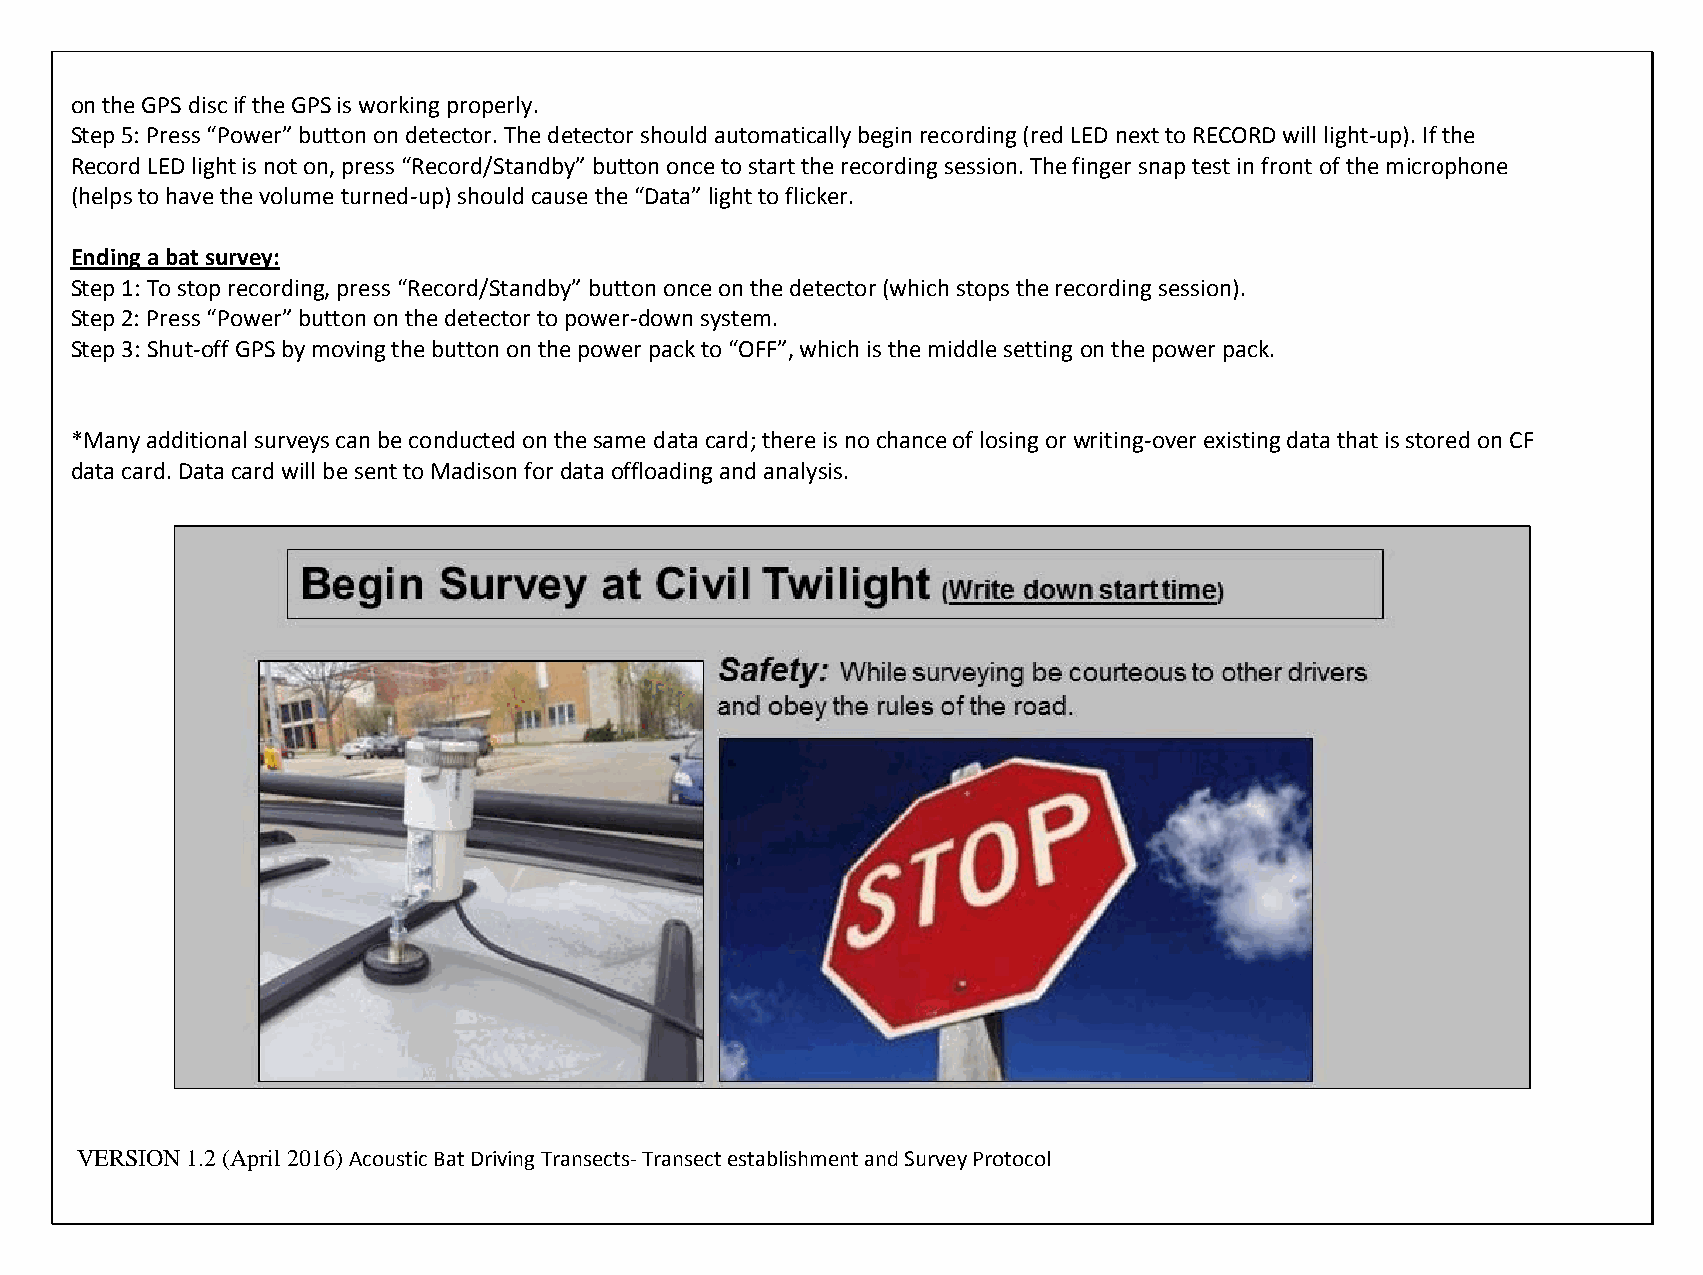
on the GPS disc if the GPS is working properly.
 Step 5: Press “Power” button on detector. The detector should automatically begin recording (red LED next to RECORD will light-up). If the
 Record LED light is not on, press “Record/Standby” button once to start the recording session. The finger snap test in front of the microphone
 (helps to have the volume turned-up) should cause the “Data” light to flicker.
 Ending a bat survey:
 Step 1: To stop recording, press “Record/Standby” button once on the detector (which stops the recording session).
 Step 2: Press “Power” button on the detector to power-down system.
 Step 3: Shut-off GPS by moving the button on the power pack to “OFF”, which is the middle setting on the power pack.
 *Many additional surveys can be conducted on the same data card; there is no chance of losing or writing-over existing data that is stored on CF
 data card. Data card will be sent to Madison for data offloading and analysis.
 VERSION 1.2 (April 2016) Acoustic Bat Driving Transects- Transect establishment and Survey Protocol